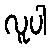
လူပါ